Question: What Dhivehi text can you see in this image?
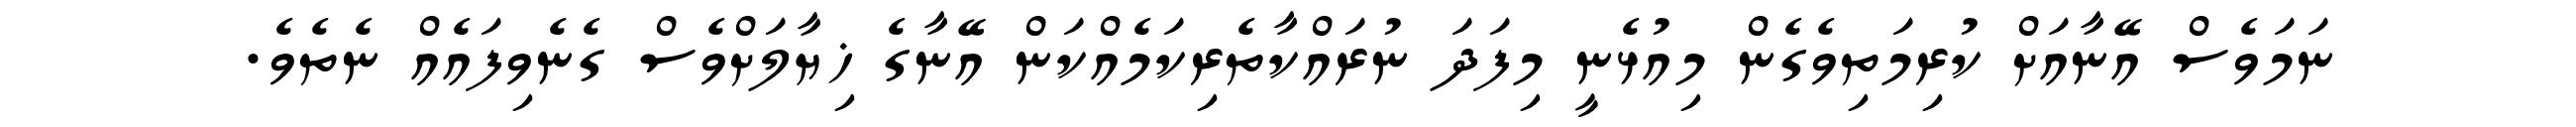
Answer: ނަމަވެސް އޭނާއަށް ކުރިމަތިވެގެން މިއުޅެނީ މިފަދަ ނުރައްކާތެރިކަމެއްކަން އޭނާގެ ޚިޔާލަށްވެސް ގެނެވިފައެއް ނެތެވެ.